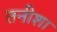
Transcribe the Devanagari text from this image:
तनीशा